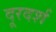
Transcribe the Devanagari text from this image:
दूरदर्श